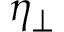
\eta _ { \perp }